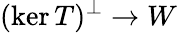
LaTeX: (\ker T)^{\perp}\to W